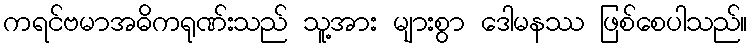
ကရင်ဗမာအဓိကရုဏ်းသည် သူ့အား များစွာ ဒေါမနဿ ဖြစ်စေပါသည်။